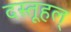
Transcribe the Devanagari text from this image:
दस्तूहल्